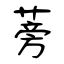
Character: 蒡